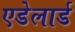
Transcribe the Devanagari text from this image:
एडेलार्ड